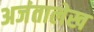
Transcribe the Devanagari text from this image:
अजंतालेख